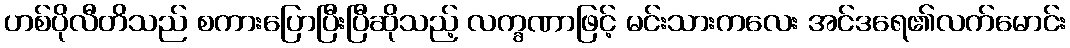
ဟစ်ပိုလီတိသည် စကားပြောပြီးပြီဆိုသည့် လက္ခဏာဖြင့် မင်းသားကလေး အင်ဒရေ၏လက်မောင်း